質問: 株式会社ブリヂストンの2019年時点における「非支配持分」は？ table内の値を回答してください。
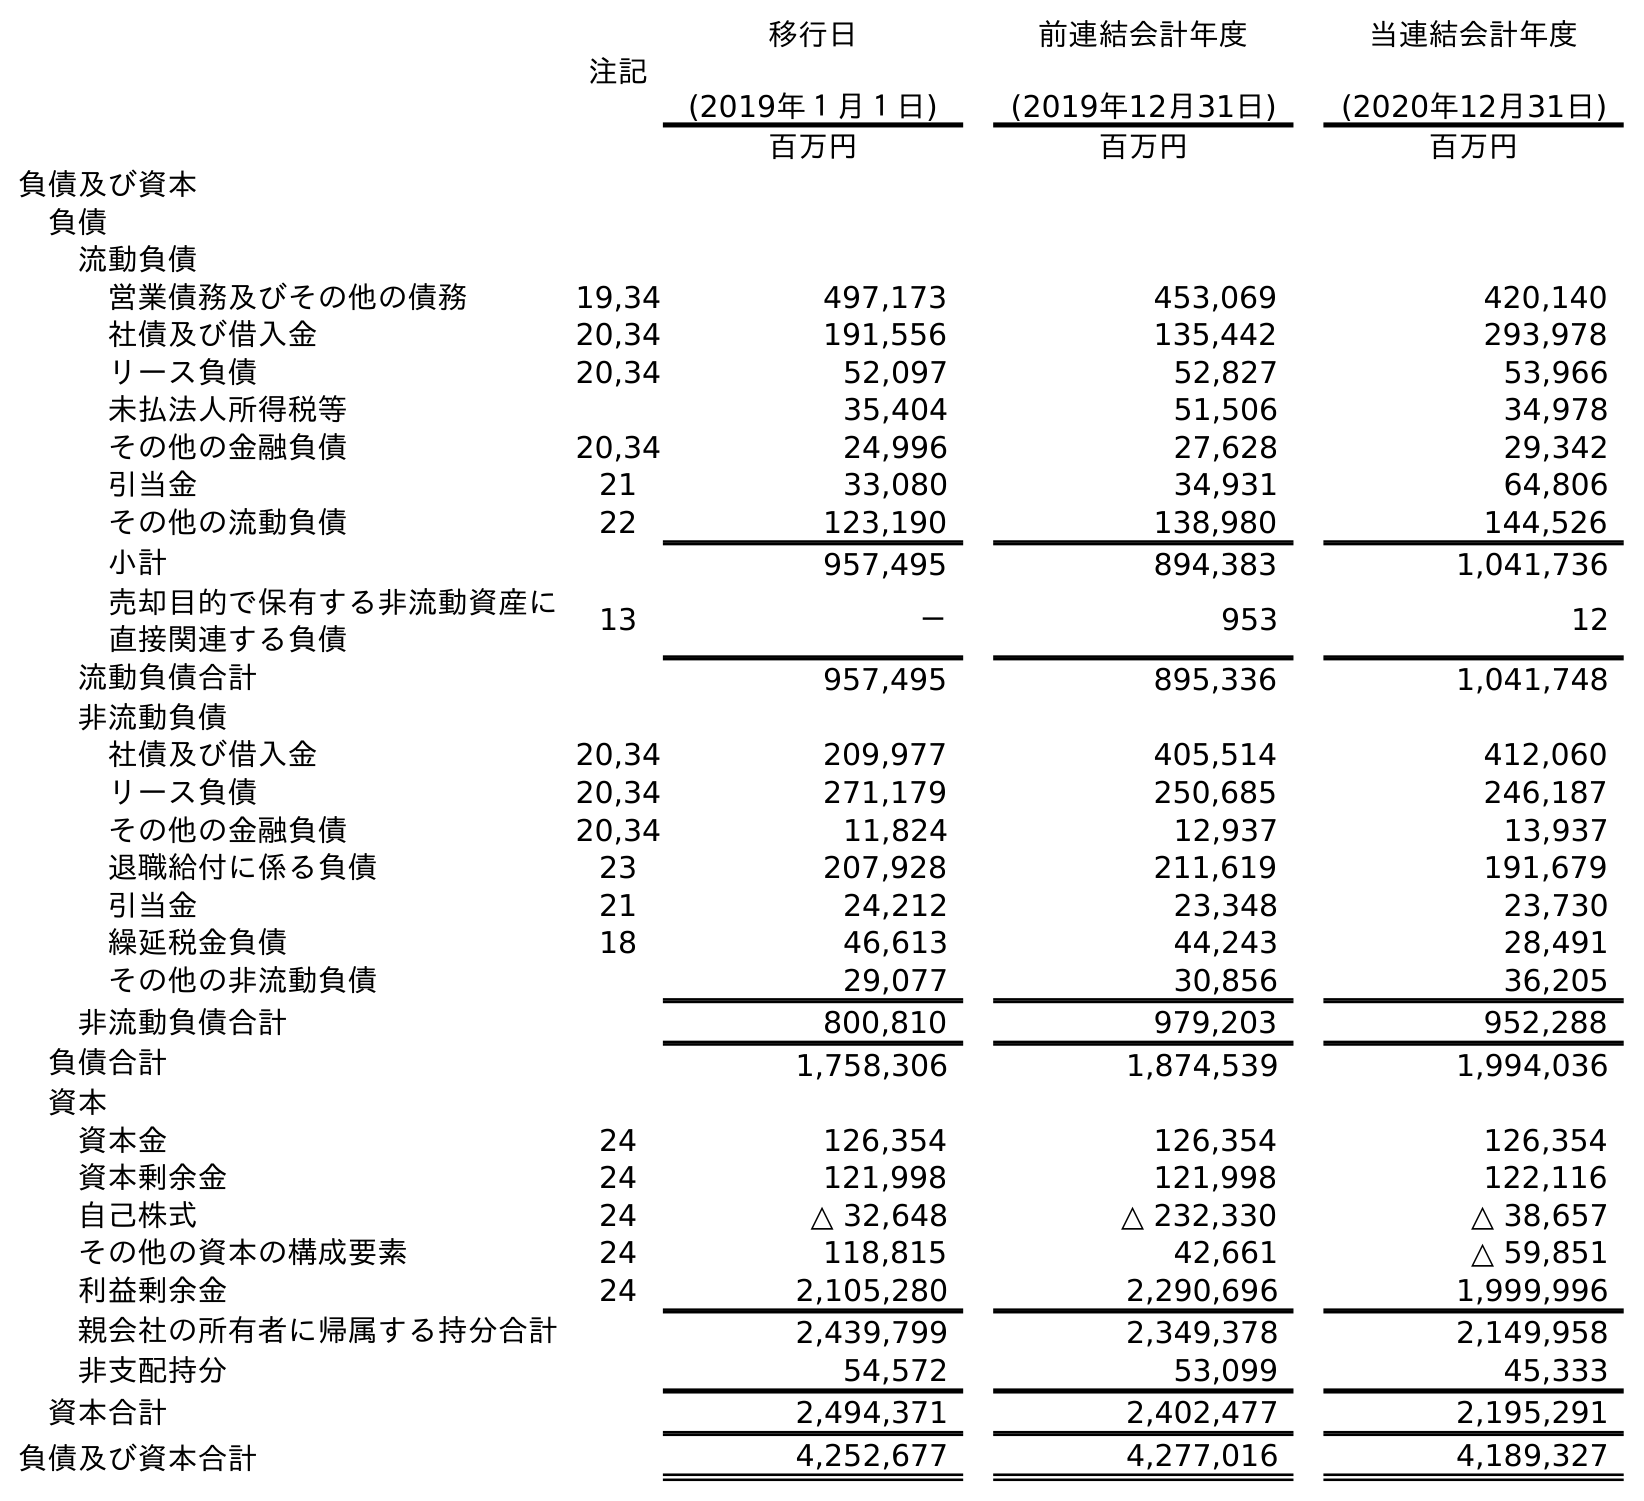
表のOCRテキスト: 注記 移行日 (2019年１月１日) 前連結会計年度 (2019年12月31日) 当連結会計年度 (2020年12月31日) 百万円 百万円 百万円 負債及び資本 負債 流動負債 営業債務及びその他の債務 19,34 497,173 453,069 420,140 社債及び借入金 20,34 191,556 135,442 293,978 リース負債 20,34 52,097 52,827 53,966 未払法人所得税等 35,404 51,506 34,978 その他の金融負債 20,34 24,996 27,628 29,342 引当金 21 33,080 34,931 64,806 その他の流動負債 22 123,190 138,980 144,526 小計 957,495 894,383 1,041,736 売却目的で保有する非流動資産に 直接関連する負債 13 － 953 12 流動負債合計 957,495 895,336 1,041,748 非流動負債 社債及び借入金 20,34 209,977 405,514 412,060 リース負債 20,34 271,179 250,685 246,187 その他の金融負債 20,34 11,824 12,937 13,937 退職給付に係る負債 23 207,928 211,619 191,679 引当金 21 24,212 23,348 23,730 繰延税金負債 18 46,613 44,243 28,491 その他の非流動負債 29,077 30,856 36,205 非流動負債合計 800,810 979,203 952,288 負債合計 1,758,306 1,874,539 1,994,036 資本 資本金 24 126,354 126,354 126,354 資本剰余金 24 121,998 121,998 122,116 自己株式 24 △ 32,648 △ 232,330 △ 38,657 その他の資本の構成要素 24 118,815 42,661 △ 59,851 利益剰余金 24 2,105,280 2,290,696 1,999,996 親会社の所有者に帰属する持分合計 2,439,799 2,349,378 2,149,958 非支配持分 54,572 53,099 45,333 資本合計 2,494,371 2,402,477 2,195,291 負債及び資本合計 4,252,677 4,277,016 4,189,327
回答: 53,099